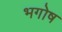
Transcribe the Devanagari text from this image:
भगोष